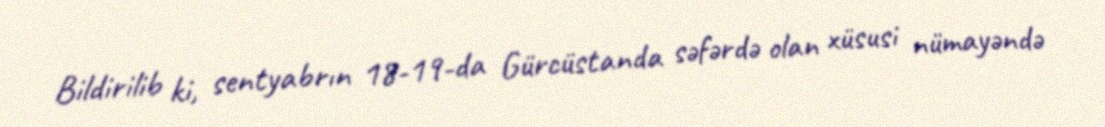
Bildirilib ki, sentyabrın 18-19-da Gürcüstanda səfərdə olan xüsusi nümayəndə